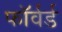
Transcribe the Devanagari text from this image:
फाॅर्वर्ड